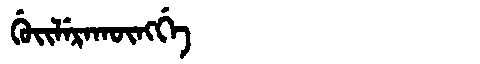
Manchu: ᡤᡠᡳᠯᡝᡵᠠᡴᡡᠩᡤᡝ
Romanization: GUILERAKŪNGGE